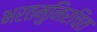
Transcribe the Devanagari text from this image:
भरतमुनिरचित